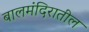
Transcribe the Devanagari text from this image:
बालमंदिरातील